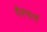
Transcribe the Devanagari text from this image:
गैरमार्ग